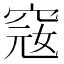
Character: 窛